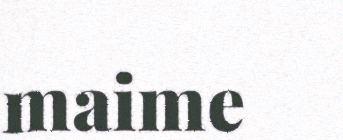
maime